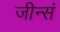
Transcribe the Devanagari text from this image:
जीन्सं